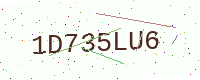
Text: 1D735LU6